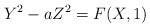
LaTeX: \begin{align*}Y^2-aZ^2=F(X,1)\end{align*}